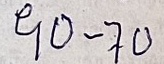
90 - 70